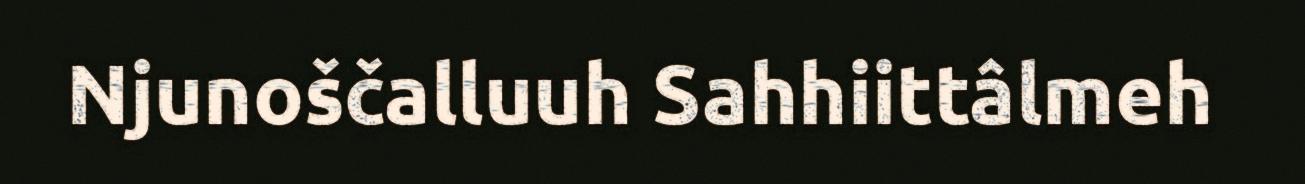
Njunoščalluuh Sahhiittâlmeh